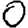
Digit: 0